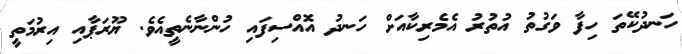
ހަނދުކޭތަ ހިފާ ވަގުތު އުތުރު އެމެރިކާއަށް ހަނދު އޮއްސިފައި ހުންނާނެތީއެވެ. ޔޫރަޕާއި އިރުމަތީ